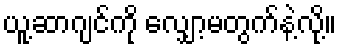
ယူ့ဆာဂျင်ကို လျှော့မတွက်နဲ့လို့။